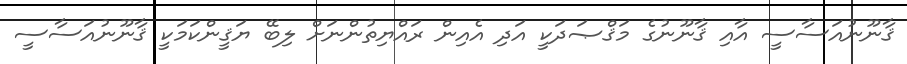
ޤާނޫނުއަސާސީ އާއި ޤާނޫނުގެ މަޤްޞަދަކީ އަދި އެއިން ރައްޔިތުންނަށް ލިބޭ ޔަޤީންކަމަކީ ޤާނޫނުއަސާސީ